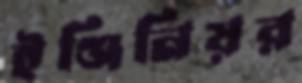
ইঞ্জিনিয়র